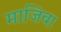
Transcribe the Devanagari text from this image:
माजिवा